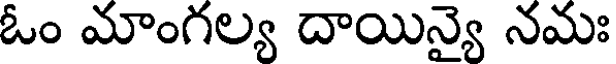
ఓం మాంగల్య దాయిన్యై నమః